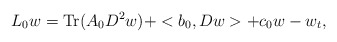
\begin{align*}L_0 w= \operatorname{Tr}( A_0 D^2 w) + <b_0,D w> + c_0 w - w_t,\end{align*}